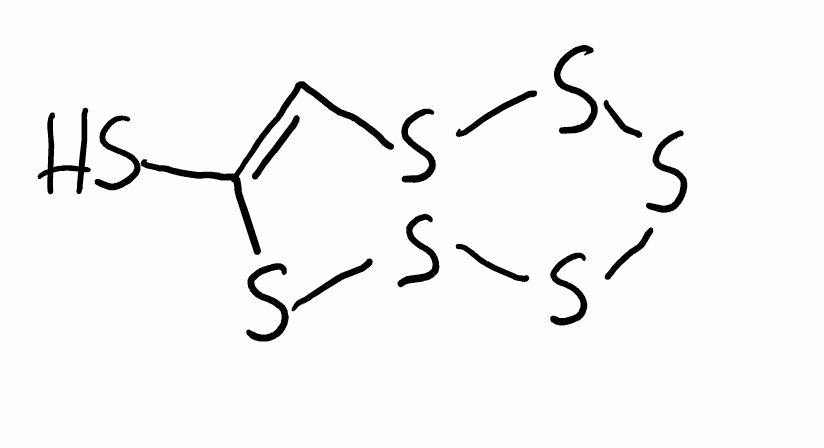
Simplified molecular-input line-entry system (SMILES) notation of the given molecule:
C1=C(SSSSSS1)S